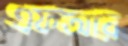
এফআর